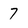
Character: 7